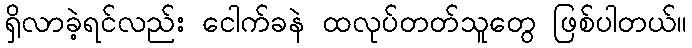
ရှိလာခဲ့ရင်လည်း ငေါက်ခနဲ ထလုပ်တတ်သူတွေ ဖြစ်ပါတယ်။